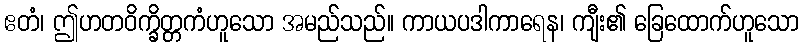
ဧတံ၊ ဤဟတဝိက္ခိတ္တကံဟူသော အမည်သည်။ ကာယပဒါကာရေန၊ ကျီး၏ ခြေထောက်ဟူသော